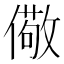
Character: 儆